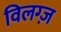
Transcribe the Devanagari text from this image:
विलग्ज़